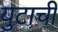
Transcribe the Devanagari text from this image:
युटाची